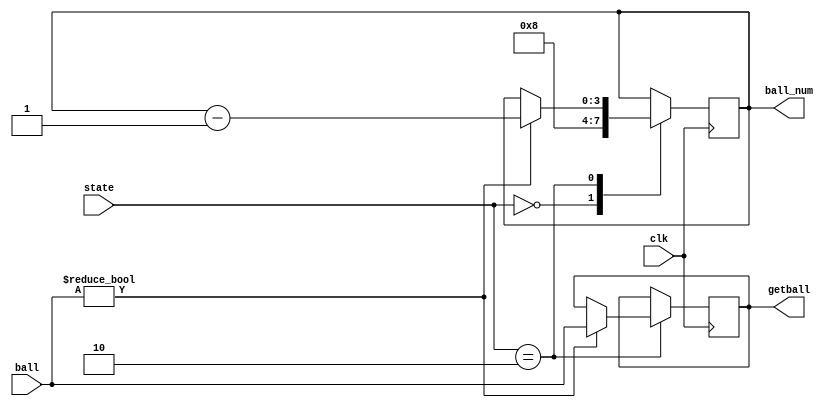
module ball_sensor(
    input clk,
    input [8-1:0] ball,
    input [2:0] state,
    // output has_pass,
    output reg [4-1:0] ball_num,
    output reg [8-1:0] getball  // 
);

parameter RESET = 3'd0;
parameter WAIT = 3'd1;
parameter START = 3'd2;
parameter GET = 3'd3;
parameter OVER = 3'd4;

// which hole
// assign getball = ball_op;
reg [8-1:0] next_getball;
always @(posedge clk) begin
    getball <= next_getball;
end

always @(*) begin
    case(state)
        START: begin
            if(ball != 8'b0)
                next_getball = ball;
            else
                next_getball = getball;
        end
        default: next_getball = getball;
    endcase
end

// update the # of ball
reg [4-1:0] next_ball_num;
always @(posedge clk) begin
    ball_num <= next_ball_num;
end
always @(*) begin
    case(state)
        RESET: begin
            next_ball_num = 4'd8;
        end
        START: begin
            // if(has_pass) next_ball_num = ball_num - 1;
            if(ball != 8'b0) next_ball_num = ball_num - 1;
            else next_ball_num = ball_num;
        end
        default: next_ball_num = ball_num;
    endcase
end


endmodule